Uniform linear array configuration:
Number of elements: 64
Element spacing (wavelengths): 0.5
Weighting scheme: exponential
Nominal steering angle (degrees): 0
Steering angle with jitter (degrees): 1.033
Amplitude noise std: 0.05
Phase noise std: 0.05

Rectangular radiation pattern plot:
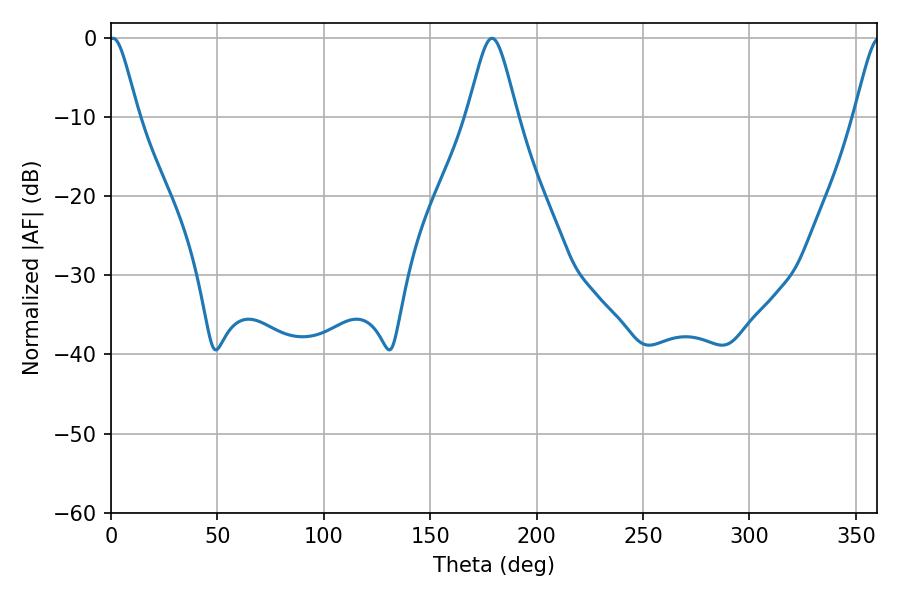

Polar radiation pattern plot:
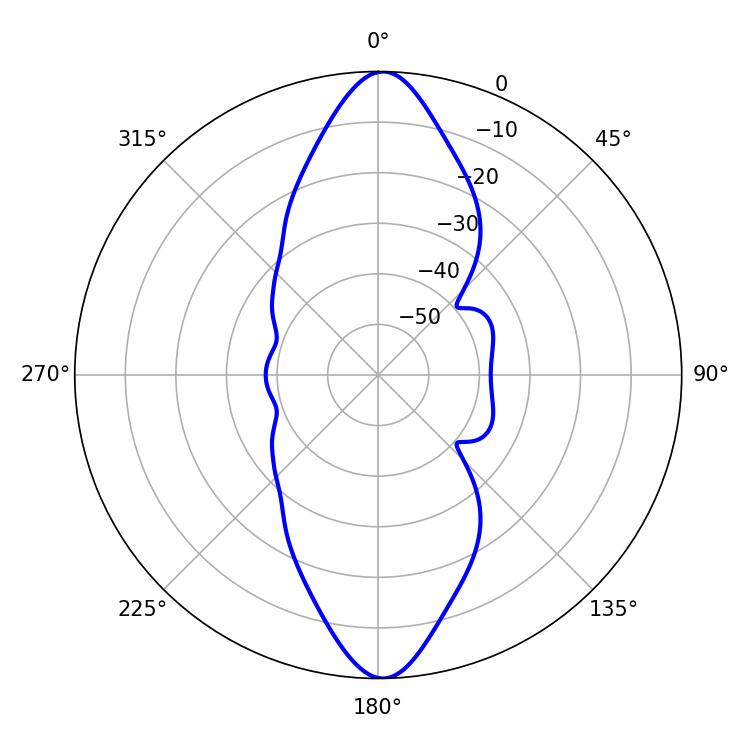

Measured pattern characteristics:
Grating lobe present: FALSE
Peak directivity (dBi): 23.378
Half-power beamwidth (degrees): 6.66
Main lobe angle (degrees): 0.9